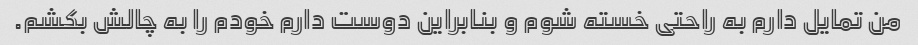
من تمایل دارم به راحتی خسته شوم و بنابراین دوست دارم خودم را به چالش بکشم.